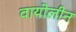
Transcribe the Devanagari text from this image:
वायोलीन